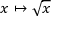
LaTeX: x \mapsto { \sqrt { x } }